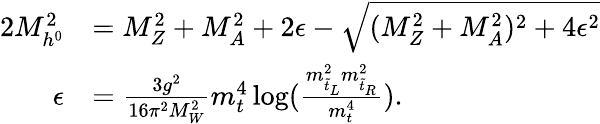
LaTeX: \begin{array}{rl}{{2M_{h^{0}}^{2}}}&{{=M_{Z}^{2}+M_{A}^{2}+2\epsilon-\sqrt{(M_{Z}^{2}+M_{A}^{2})^{2}+4\epsilon^{2}}}}\\ {{\epsilon}}&{{=\frac{3g^{2}}{16\pi^{2}M_{W}^{2}}m_{t}^{4}\log(\frac{m_{\tilde{t}_{L}}^{2}m_{\tilde{t}_{R}}^{2}}{m_{t}^{4}}).}}\end{array}